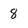
Character: 8